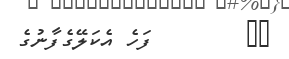
٨٣        ފަހެ އެކަލޭގެފާނުގެ